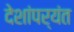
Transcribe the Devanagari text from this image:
देशांपर्यंत